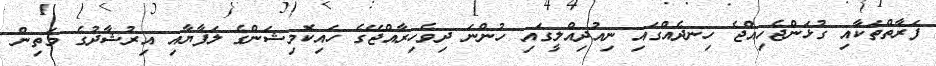
ފަރާތްތަކާއި ގުޅަންޖެހިއްޖެ ހިނދެއްގައި ނިއުދިއްލީގައި ހުންނަ ދިވެހިރާއްޖޭގެ ހައިކޮމިޝަންގެ ލަފާޔާއި އިރުޝާދުގެ މަތިން